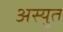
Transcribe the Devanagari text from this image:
अस्युत